Annual administration report of the Bombay Presidency - 1887-1892
Year: 1887
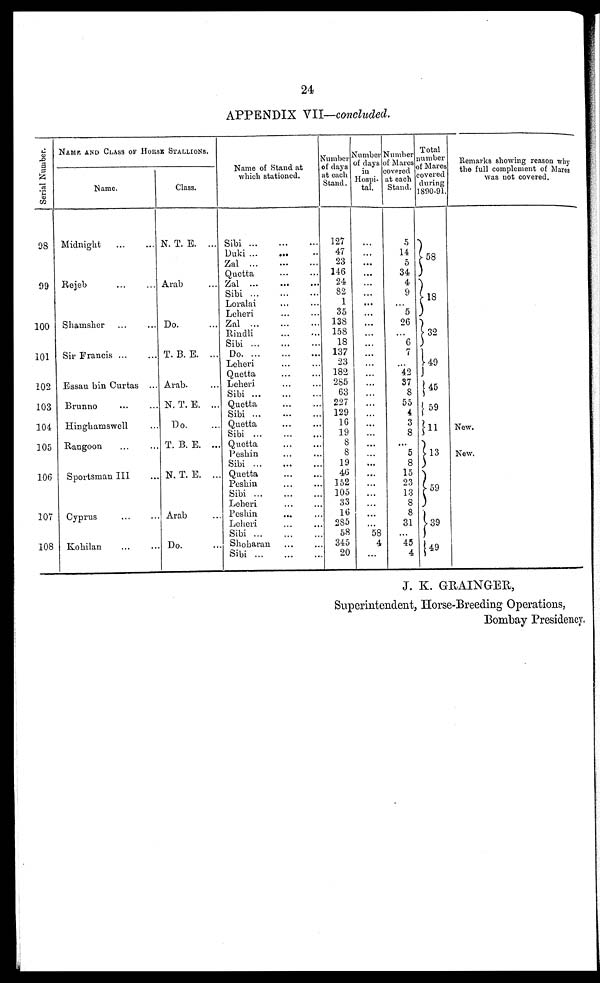
24
APPENDIX VII—concluded.
Serial Number.
98
99
100
101
102
103
104
105
106
107
108
NAME AND CLASS OF HORSE STALLION.
Name.
Midnight
...
...
Rejeb ... ...
Shamsher ...
Sir Francis ... ...
Essau bin Curtas ...
Brunno ... ...
Hinghamswell ...
Rangoon ... ...
Sportsman III ...
Cyprus ... ...
Kohilan ... ...
Class.
N. T. E. ...
Arab ...
Do. ...
T. B. E. ...
Arab ...
N.T.B. ...
Do. ...
T. B. E. ...
N. T. E. ...
Arab ...
Do. ...
Name of Stand at
which stationed.
Sibi
...
...
...
Duki ...
... ..
Zal
...
...
...
Quetta ... ...
Zal
...
...
...
Sibi ...
...
...
Loralai ... ...
Leheri ... ...
Zal
...
...
...
Rindli
...
...
Sibi ... ... ...
Do. ... ... ...
Leheri ... ...
Quetta ... ...
Leheri ... ...
Sibi ... ... ...
Quetta ... ...
Sibi
...
...
Quetta ... ...
Sibi ... ... ...
Quetta ... ...
Peshin ... ...
Sibi ...
...
Quetta ... ...
Peshin ... ...
Sibi ... ... ...
Leheri ... ...
Peshin ... ...
Leheri ... ...
Sibi
...
...
...
Shoharan ... ...
Sibi
...
...
...
Number
of days
at each
Stand.
127
47
23
146
24
82
1
35
138
158
18
137
23
182
285
63
227
129
16
19
8
8
19
46
152
105
33
16
285
58
345
20
Number
of days
in
Hospi-
tal.
...
...
...
...
...
...
...
...
...
...
...
...
...
...
...
...
...
...
...
...
...
...
...
...
...
...
...
...
58
4
...
Number
of Mares
covered
at each
Stand.
5
14
5
34
4
9
...
5
26
...
6
7
...
42
37
8
55
4
3
8
...
5
8
15
23
13
8
8
31
...
45
4
Total
number
of Mares
covered
during
1890-91.
58
18
32
49
45
59
13
59
39
49
Remarks showing reason why
the full complement of Mares
was not covered.
New.
New.
J. K. GRAINGER,
Superintendent, Horse-Breeding Operations,
Bombay Presidency.